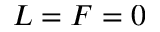
L = F = 0